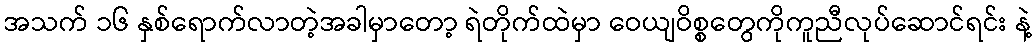
အသက် ၁၆ နှစ်ရောက်လာတဲ့အခါမှာတော့ ရဲတိုက်ထဲမှာ ဝေယျဝိစ္စတွေကိုကူညီလုပ်ဆောင်ရင်း နဲ့